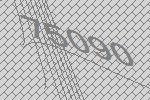
75090